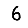
Digit: 6